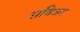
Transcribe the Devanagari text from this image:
राविअर